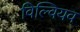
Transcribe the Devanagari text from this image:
विल्वियव